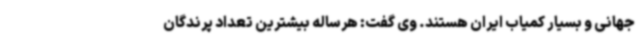
جهانی و بسیار کمیاب ایران هستند. وی گفت: هرساله بیشترین تعداد پرندگان